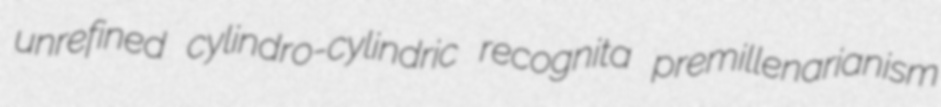
unrefined cylindro-cylindric recognita premillenarianism